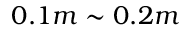
0 . 1 m \sim 0 . 2 m